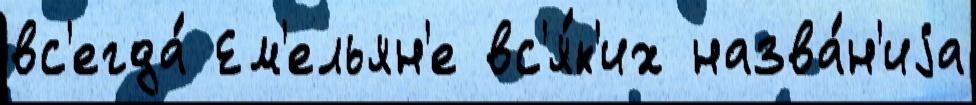
вс'егда́ Ем'ельян'е вс'я́к'их назва́н'иjа